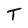
Character: T